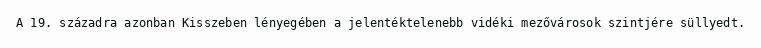
A 19. századra azonban Kisszeben lényegében a jelentéktelenebb vidéki mezővárosok szintjére süllyedt.